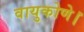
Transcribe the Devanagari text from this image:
वायुकोणे।